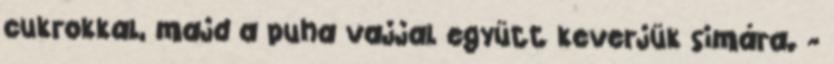
cukrokkal, majd a puha vajjal együtt keverjük simára. -